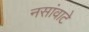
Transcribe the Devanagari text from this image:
नसांवाटे